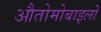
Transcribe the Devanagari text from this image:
औतोमोबाइलों